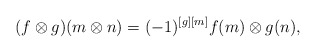
\begin{align*}(f\otimes g)(m\otimes n)=(-1)^{[g] [m]}f(m)\otimes g(n),\end{align*}